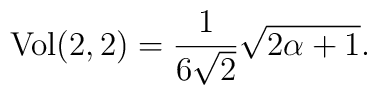
{\rm Vol}(2,2)=\frac{1}{6 \sqrt{2}}\sqrt{2\alpha +1}.